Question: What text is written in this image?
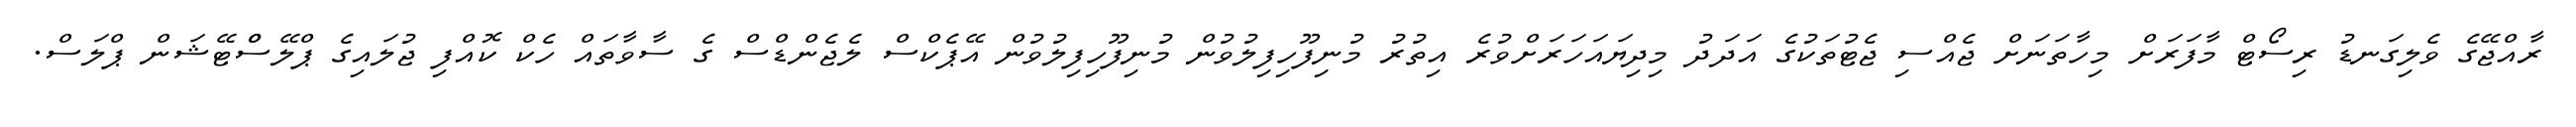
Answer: ރާއްޖޭގެ ވެލިގަނޑު ރިސޯޓް މާފަރަށް މިހާތަނަށް ޖެއްސި ޖެޓުތަކުގެ އަދަދު މިދިޔައަހަރަށްވުރެ އިތުރު މުނިފޫހިފިލުވުން މުނިފޫހިފިލުވުން އޭޕެކްސް ލެޖެންޑްސް ގެ ސާވާތައް ހެކް ކޮއްފި ޖުލައިގެ ޕްލޭސްްޓޭޝަން ޕްލަސް.